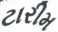
ટારીમ